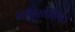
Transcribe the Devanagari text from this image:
नावखेवैया